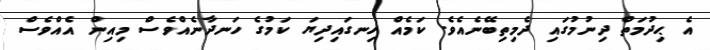
އެ ޙިދުމަތް ދިނުމުގައި ދެމިތިބޭނެއެވެ. ކަމެއް ހިނގައިދިޔަ ކަމުގެ ހަނދާނެއްވެސް މިއިން އެއްވެސް